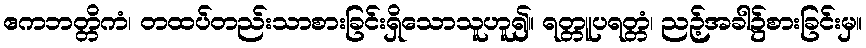
ဧကဘတ္တိကံ၊ တထပ်တည်းသာစားခြင်းရှိသောသူဟူ၍။ ရတ္တူပရတ္တံ၊ ညဉ့်အခါ၌စားခြင်းမှ။